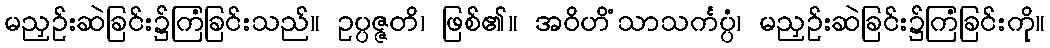
မညှဉ်းဆဲခြင်း၌ကြံခြင်းသည်။ ဥပ္ပဇ္ဇတိ၊ ဖြစ်၏။ အဝိဟိံသာသင်္ကပ္ပံ၊ မညှဉ်းဆဲခြင်း၌ကြံခြင်းကို။